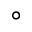
^ \circ